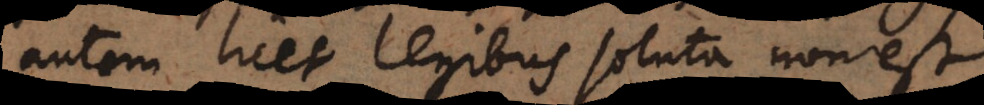
autem licet legibus soluta non est.